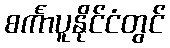
စင်္ကာပူနိုင်ငံတွင်